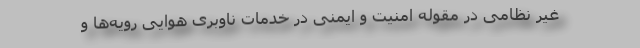
غیر نظامی در مقوله امنیت و ایمنی در خدمات ناوبری هوایی رویه‌ها و